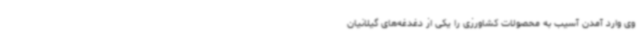
وی وارد آمدن آسیب به محصولات کشاورزی را یکی از دغدغه‌های گیلانیان